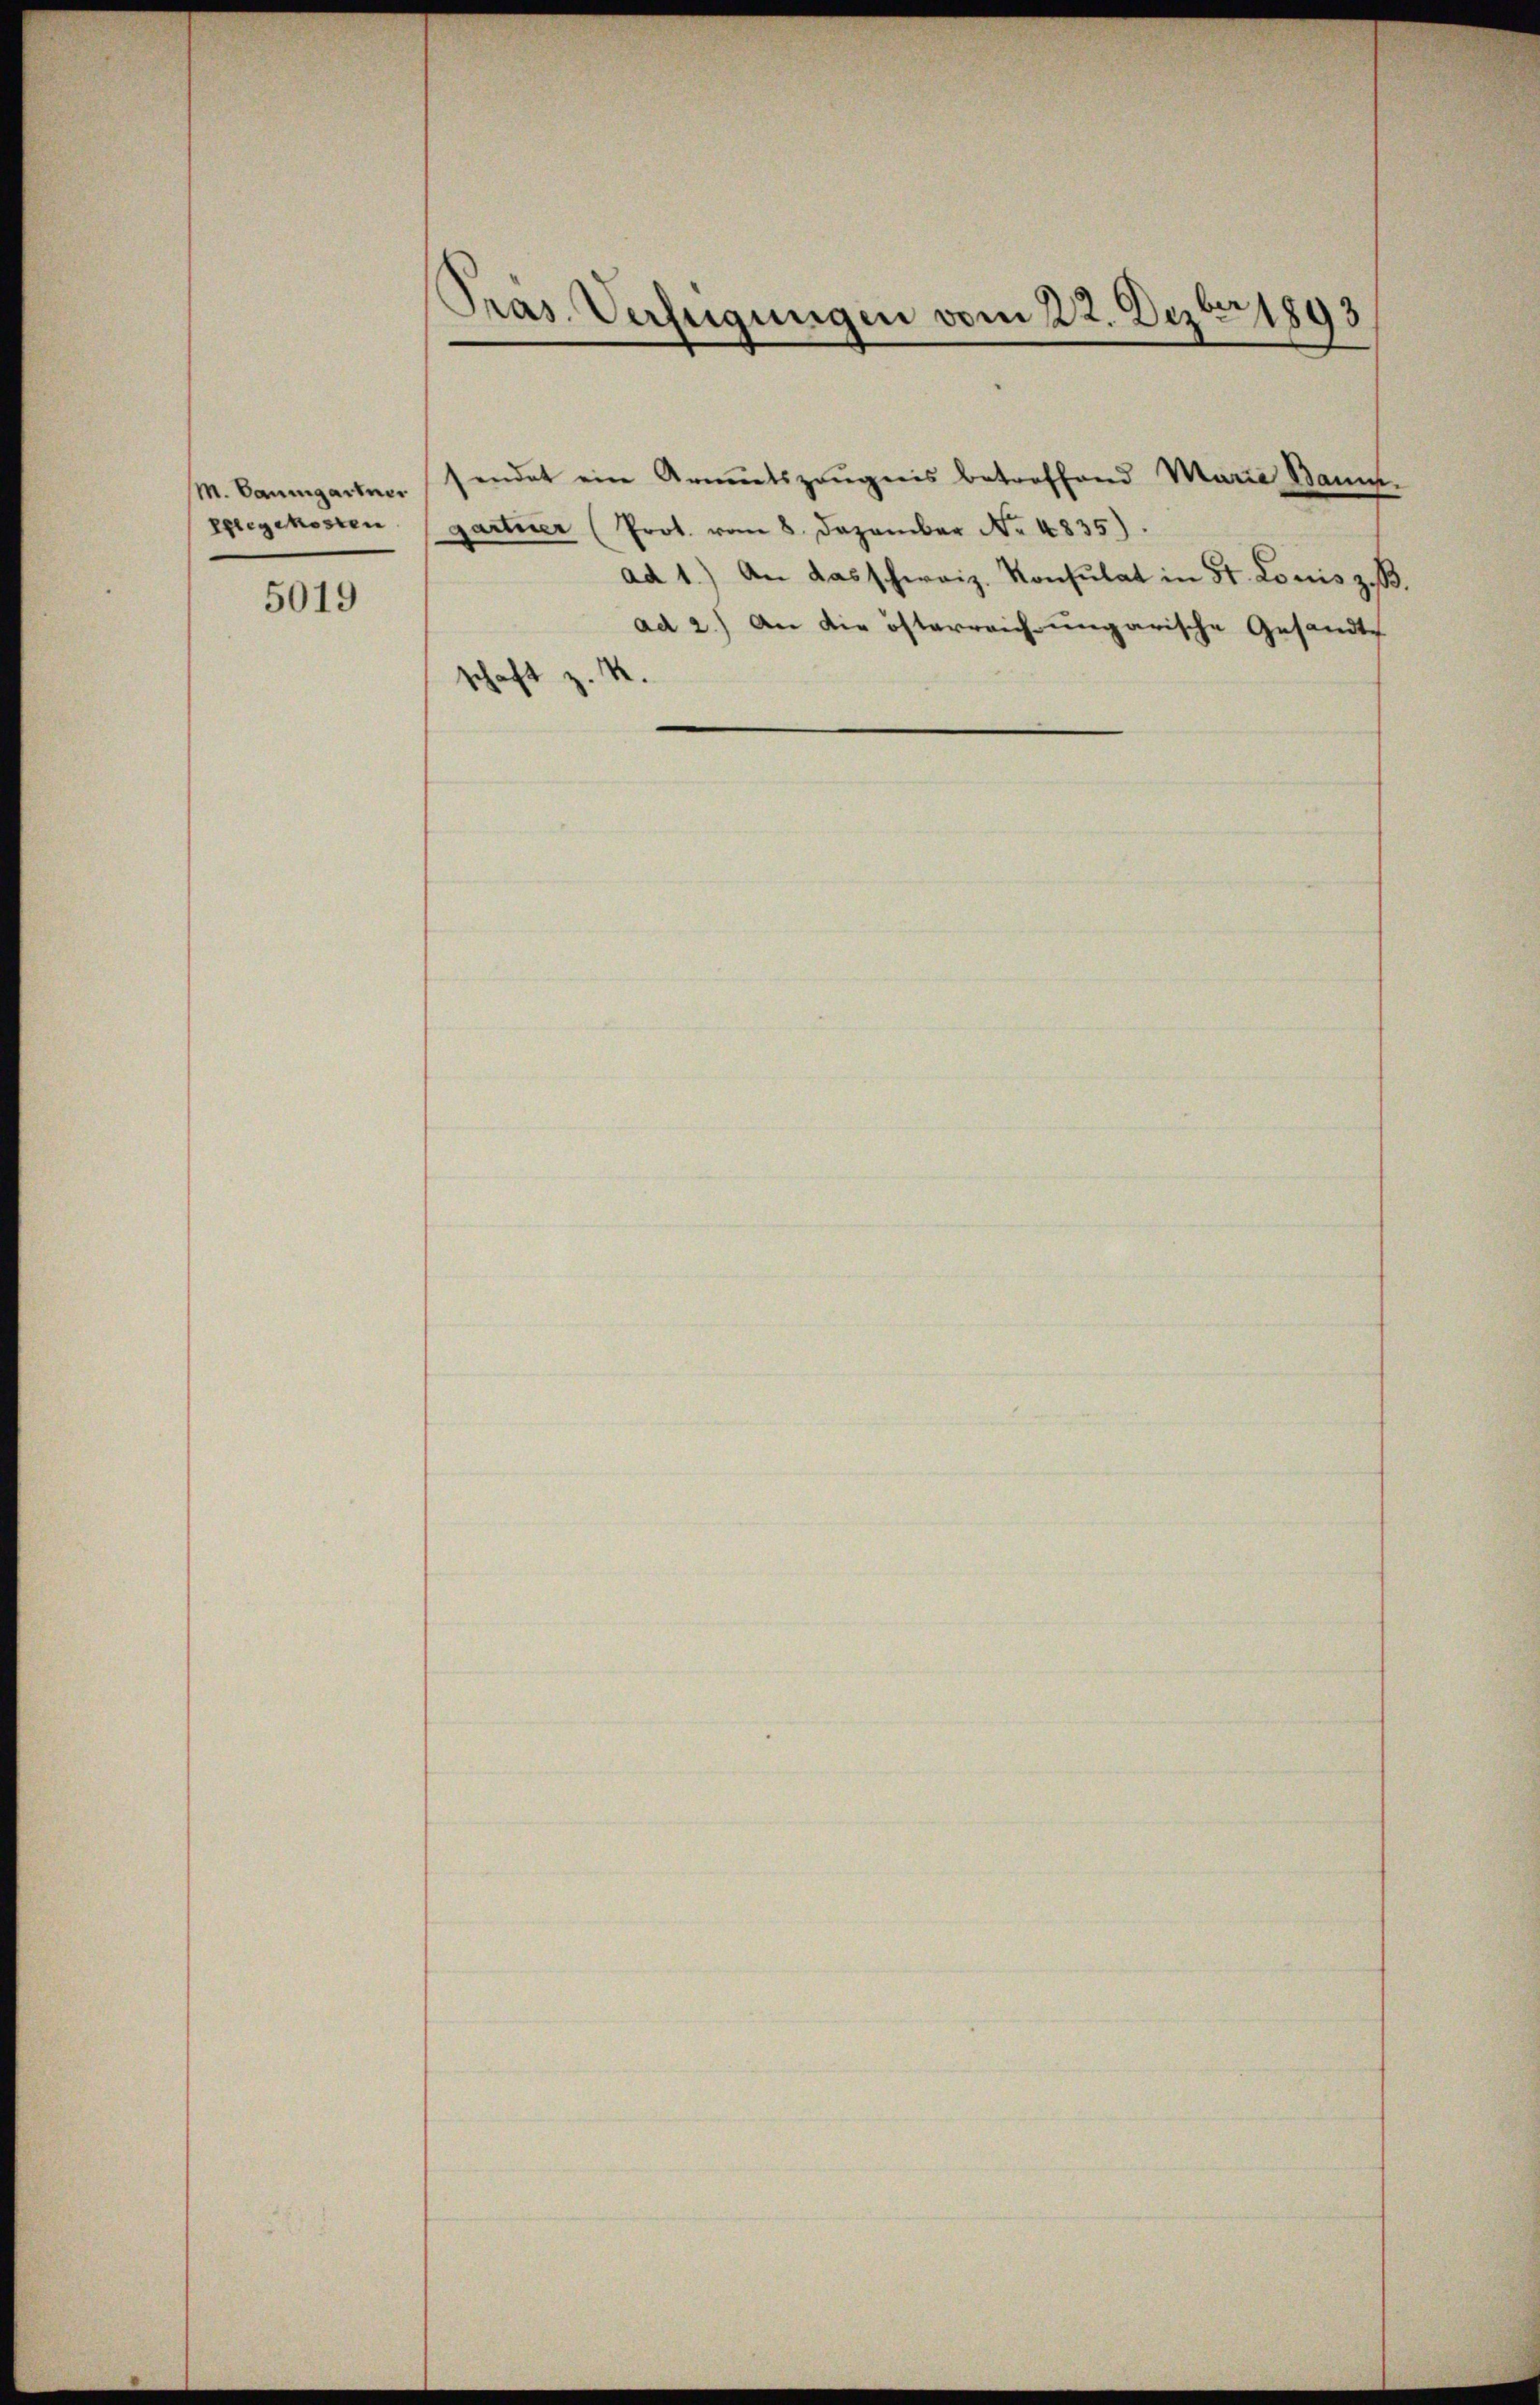
M. Baumgartner
Pflegekosten

5019

Pras. Verfügungen vom 22. Dezbr 1893

sendet ein Armutszeugnis betreffend Maria Baum.
gartner (Prot. vom 8. Dezember Nr. 4835).
ad 1.) An das schweiz. Konsulat in St. Louis z. B.
ad 2.) An die österreich ungarische Gesandte
schaft z. B.